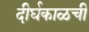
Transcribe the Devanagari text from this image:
दीर्घकाळची